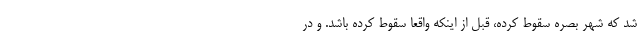
شد که شهر بصره سقوط کرده، قبل از اینکه واقعا سقوط کرده باشد. و در